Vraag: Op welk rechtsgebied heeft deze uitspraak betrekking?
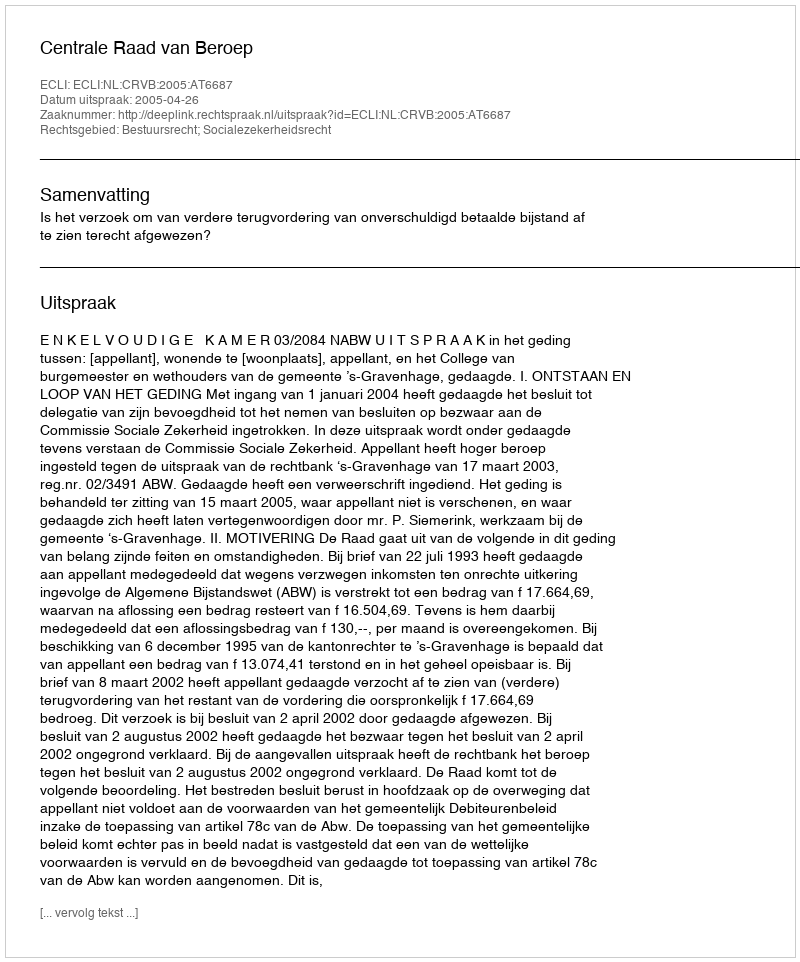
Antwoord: Bestuursrecht; Socialezekerheidsrecht